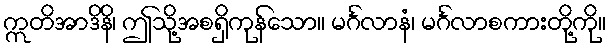
ဣတိအာဒိနိ၊ ဤသို့အစရှိကုန်သော။ မင်္ဂလာနံ၊ မင်္ဂလာစကားတို့ကို။